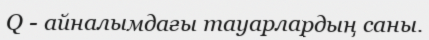
Q - айналымдағы тауарлардың саны.